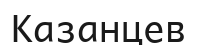
Казанцев